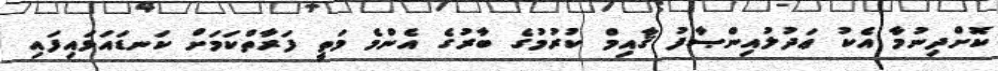
ކޮށްދިނުމާ އެކު ޢަދުލުއިންޞާފު ޤާއިމް ކުރުމުގެ ބާރުގެ އެންމެ މަތީ ފަރާތްކަމަށް ކަނޑައަޅައިފައި